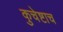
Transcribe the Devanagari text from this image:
कुचेष्टाच